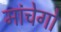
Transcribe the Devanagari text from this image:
मांचेगो